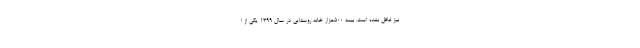
نیز غافل نشده است. بیمه 500هزار خانه روستایی در سال 1399 یکی از ا